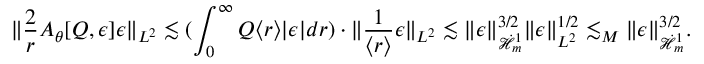
\| \frac { 2 } { r } A _ { \theta } [ Q , \epsilon ] \epsilon \| _ { L ^ { 2 } } \lesssim ( \int _ { 0 } ^ { \infty } Q \langle r \rangle | \epsilon | d r ) \cdot \| \frac { 1 } { \langle r \rangle } \epsilon \| _ { L ^ { 2 } } \lesssim \| \epsilon \| _ { \dot { \mathcal H } _ { m } ^ { 1 } } ^ { 3 / 2 } \| \epsilon \| _ { L ^ { 2 } } ^ { 1 / 2 } \lesssim _ { M } \| \epsilon \| _ { \dot { \mathcal H } _ { m } ^ { 1 } } ^ { 3 / 2 } .